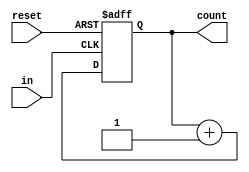
module counter(count, in, reset);
	parameter SIZE = 4;
	input in, reset;
	output reg [SIZE-1:0] count;
	
	always@(posedge in or posedge reset) begin
		if(reset) count = 0;
		else count = count + 1;
	end
	
	initial count = 0;
	
endmodule